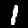
Label: 1